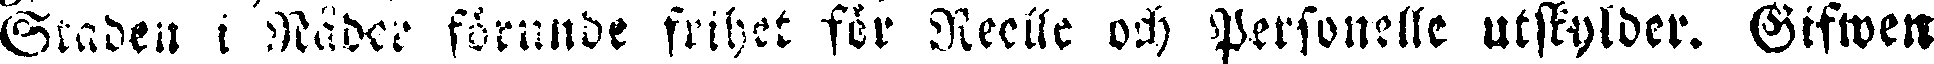
Staden i Nåder förunde frihet för Reelle och Personelle utskylder. Gifwen